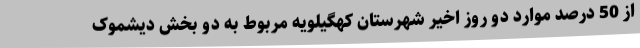
از 50 درصد موارد دو روز اخیر شهرستان کهگیلویه مربوط به دو بخش دیشموک